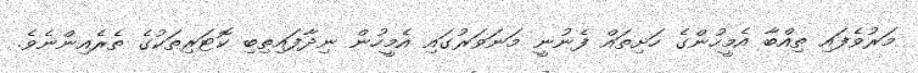
މަރުވެފައި ތިއްބާ އެމީހުންގެ ހަށިތައް ފެނުނީ މަނަވަރުގައި އެމީހުން ނިދާފައިތިބި ކޮޓަރިތަކުގެ ތެރެއިންނެވެ.